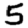
Digit: 5